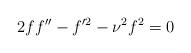
LaTeX: \begin{align*}2ff^{\prime \prime}-f^{\prime 2}-\nu^2f^2=0\end{align*}